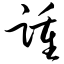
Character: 踵